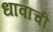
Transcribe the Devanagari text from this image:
धावाची